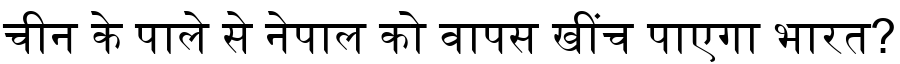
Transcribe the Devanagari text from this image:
चीन के पाले से नेपाल को वापस खींच पाएगा भारत?